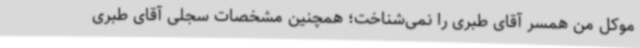
موکل من همسر آقای طبری را نمی‌شناخت؛ همچنین مشخصات سجلی آقای طبری